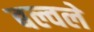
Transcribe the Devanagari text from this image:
बल्वले